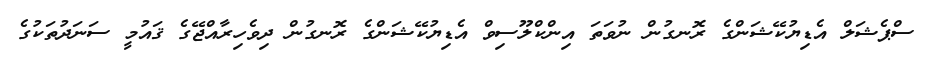
ސްޕެޝަލް އެޑިޔުކޭޝަންގެ ރޮނގުން ނުވަތަ އިންކްލޫސިވް އެޑިޔުކޭޝަންގެ ރޮނގުން ދިވެހިރާއްޖޭގެ ޤައުމީ ސަނަދުތަކުގެ